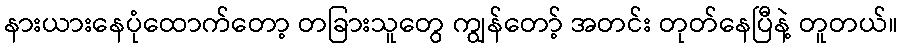
နားယားနေပုံထောက်တော့ တခြားသူတွေ ကျွန်တော့် အတင်း တုတ်နေပြီနဲ့ တူတယ်။